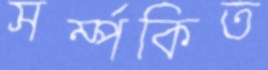
সর্ম্পকিত